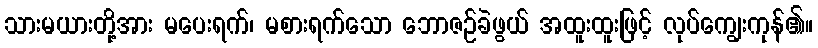
သားမယားတို့အား မပေးရက်၊ မစားရက်သော ဘောဇဉ်ခဲဖွယ် အထူးထူးဖြင့် လုပ်ကျွေးကုန်၏။